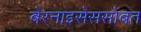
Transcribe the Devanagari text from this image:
बेरनाइसेससोबत